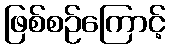
ဖြစ်စဉ်ကြောင့်